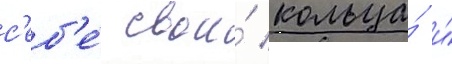
с'еб'е́ свои́ кольца́ и́